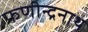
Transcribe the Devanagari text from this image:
फणीन्द्रनाथ